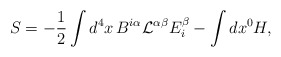
\begin{align*}S=-{1\over 2}\int d^4x\,B^{i\alpha}{\mathcal L}^{\alpha\beta}E^\beta_i - \int dx^0 H,\end{align*}